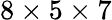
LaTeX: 8\times 5\times 7